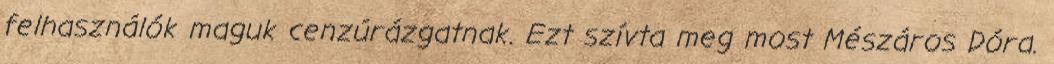
felhasználók maguk cenzúrázgatnak. Ezt szívta meg most Mészáros Dóra.